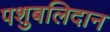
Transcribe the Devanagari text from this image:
पशुबलिदान